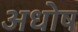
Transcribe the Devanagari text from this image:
अधोष